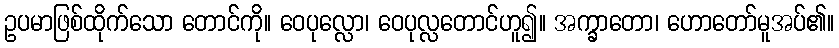
ဥပမာဖြစ်ထိုက်သော တောင်ကို။ ဝေပုလ္လော၊ ဝေပုလ္လတောင်ဟူ၍။ အက္ခာတော၊ ဟောတော်မူအပ်၏။